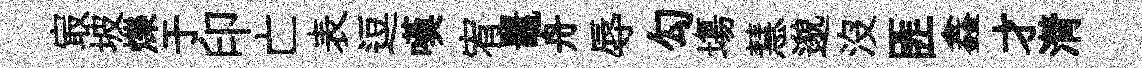
㝡坡爍于印亡表逗嘆宥鼉舟辱勾塲慧邈沒匪鑫才潸